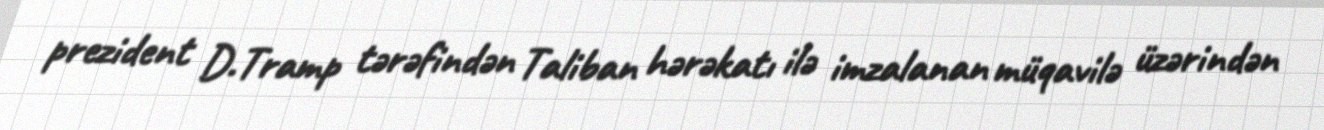
prezident D.Tramp tərəfindən Taliban hərəkatı ilə imzalanan müqavilə üzərindən